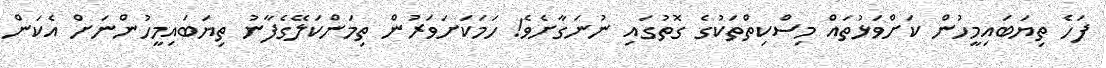
ފަހެ ތިޔަބައިމީހުން ކަށްވަޅުތައް މިސްކިތްތަކުގެ ގޮތުގައި ނުނަގާށެވެ! ހަމަކަށަވަރުން ތިމަންކަލޭގެފާނު ތިޔަބައިމީހުންނަށް އެކަން